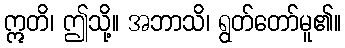
ဣတိ၊ ဤသို့။ အဘာသိ၊ ရွတ်တော်မူ၏။